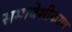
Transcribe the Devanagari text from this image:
समावेशीकरण